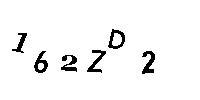
162ZD2